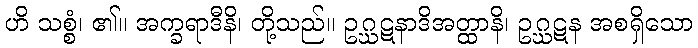
ဟိ သစ္စံ၊ ၏။ အက္ခရာဒီနိ၊ တို့သည်။ ဥဂ္ဃဋနာဒိအတ္ထာနိ၊ ဥဂ္ဃဋန အစရှိသော